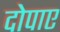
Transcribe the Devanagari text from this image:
दोपाए